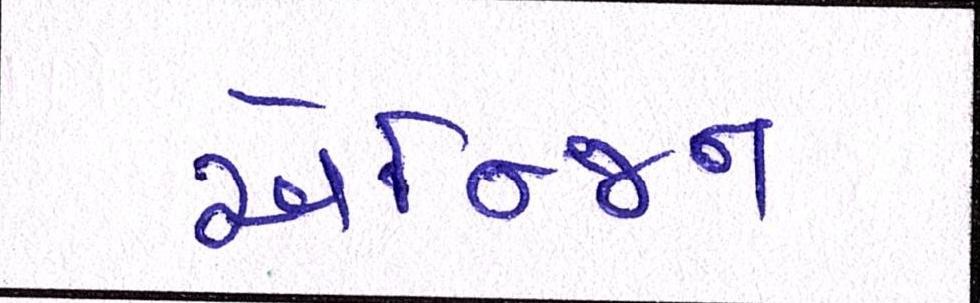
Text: એન્જિન